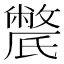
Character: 𣱔